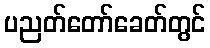
ပညတ်တော်ခေတ်တွင်